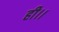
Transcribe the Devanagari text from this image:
ही।।